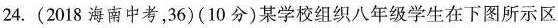
24.(2018海南中考，36)(10分)某学校组织八年级学生在下图所示区